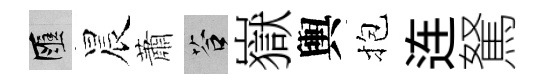
匯晨蕭答嶽輿抱连駑